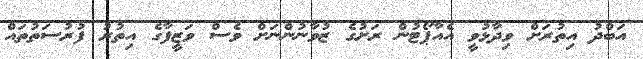
އަބްދު އިތުރަށް ވިދާޅުވީ އެއާޕޯޓުން ރަށުގެ ޒުވާނުންނަށް ވެސް ވަޒީފާގެ އިތުރު ފުރުސަތުތައް